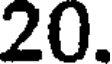
20.